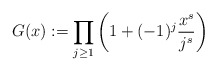
\begin{align*}G(x) := \prod_{j\ge 1}\bigg(1+(-1)^j \frac{x^s}{j^s}\bigg)\end{align*}